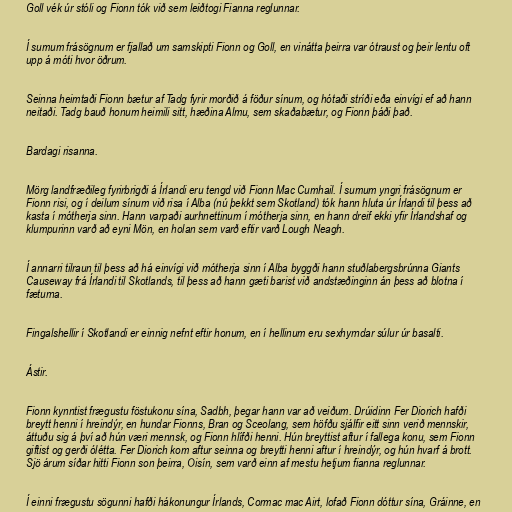
Goll vék úr stóli og Fionn tók við sem leiðtogi Fianna reglunnar.

Í sumum frásögnum er fjallað um samskipti Fionn og Goll, en vinátta þeirra var ótraust og þeir lentu oft
upp á móti hvor öðrum.

Seinna heimtaði Fionn bætur af Tadg fyrir morðið á föður sínum, og hótaði stríði eða einvígi ef að hann
neitaði. Tadg bauð honum heimili sitt, hæðina Almu, sem skaðabætur, og Fionn þáði það.

Bardagi risanna.

Mörg landfræðileg fyrirbrigði á Írlandi eru tengd við Fionn Mac Cumhail. Í sumum yngri frásögnum er
Fionn risi, og í deilum sínum við risa í Alba (nú þekkt sem Skotland) tók hann hluta úr Írlandi til þess að
kasta í mótherja sinn. Hann varpaði aurhnettinum í mótherja sinn, en hann dreif ekki yfir Írlandshaf og
klumpurinn varð að eyni Mön, en holan sem varð eftir varð Lough Neagh.

Í annarri tilraun til þess að há einvígi við mótherja sinn í Alba byggði hann stuðlabergsbrúnna Giants
Causeway frá Írlandi til Skotlands, til þess að hann gæti barist við andstæðinginn án þess að blotna í
fæturna.

Fingalshellir í Skotlandi er einnig nefnt eftir honum, en í hellinum eru sexhyrndar súlur úr basalti.

Ástir.

Fionn kynntist frægustu föstukonu sína, Sadbh, þegar hann var að veiðum. Drúidinn Fer Diorich hafði
breytt henni í hreindýr, en hundar Fionns, Bran og Sceolang, sem höfðu sjálfir eitt sinn verið mennskir,
áttuðu sig á því að hún væri mennsk, og Fionn hlífði henni. Hún breyttist aftur í fallega konu, sem Fionn
giftist og gerði ólétta. Fer Diorich kom aftur seinna og breytti henni aftur í hreindýr, og hún hvarf á brott.
Sjö árum síðar hitti Fionn son þeirra, Oisín, sem varð einn af mestu hetjum fianna reglunnar.

Í einni frægustu sögunni hafði hákonungur Írlands, Cormac mac Airt, lofað Fionn dóttur sína, Gráinne, en